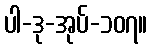
ပါ-ဒု-အုပ်-၁၀၇။